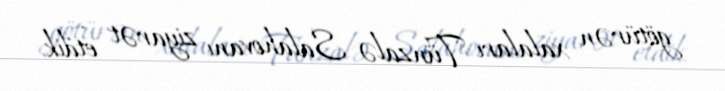
götürən xalaları Tünzalə Salahovanı ziyarət etdik.